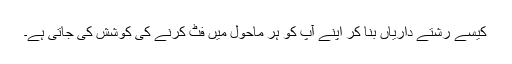
کیسے رشتے داریاں بنا کر اپنے آپ کو ہر ماحول میں فٹ کرنے کی کوشش کی جاتی ہے۔